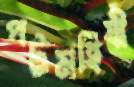
পট্টমহিষী